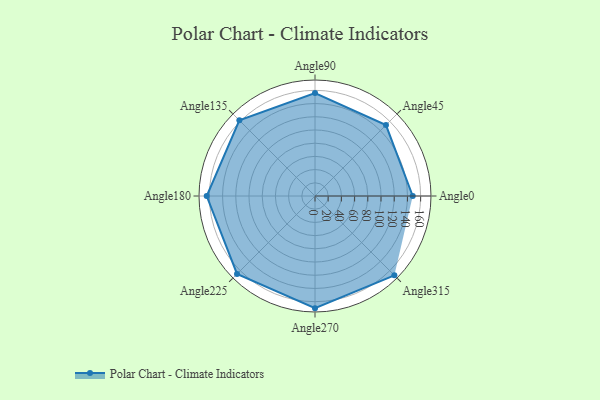
{"axis": {"x": "Angle", "y": "Radius"}, "legend": [""], "data": [{"x": "Angle0", "y": 148.0, "type": ""}, {"x": "Angle45", "y": 152.0, "type": ""}, {"x": "Angle90", "y": 156.0, "type": ""}, {"x": "Angle135", "y": 162.0, "type": ""}, {"x": "Angle180", "y": 164.0, "type": ""}, {"x": "Angle225", "y": 167.0, "type": ""}, {"x": "Angle270", "y": 170, "type": ""}, {"x": "Angle315", "y": 170, "type": ""}]}